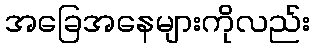
အခြေအနေများကိုလည်း